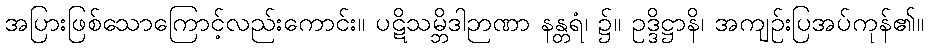
အပြားဖြစ်သောကြောင့်လည်းကောင်း။ ပဋိသမ္ဘိဒါဉာဏာ နန္တရံ၊ ၌။ ဥဒ္ဒိဋ္ဌာနိ၊ အကျဉ်းပြအပ်ကုန်၏။